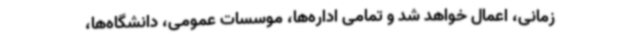
زمانی، اعمال خواهد شد و تمامی اداره‌ها، موسسات عمومی، دانشگاه‌ها،